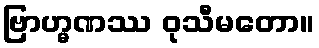
ဗြာဟ္မဏဿ ဝုသီမတော။